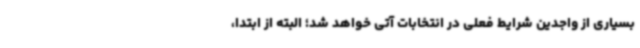
بسیاری از واجدین شرایط فعلی در انتخابات آتی خواهد شد؛ البته از ابتدا،